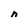
Character: n